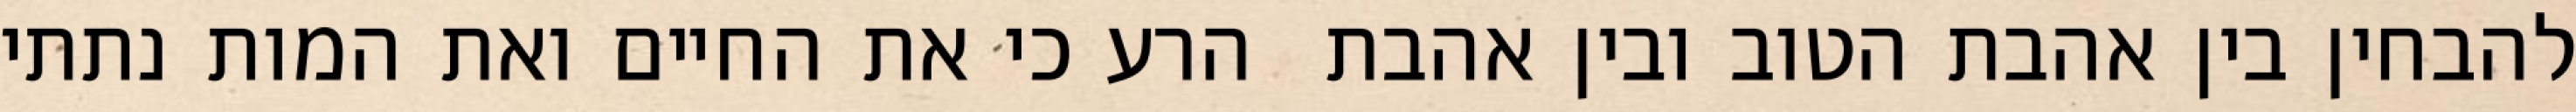
להבחין בין אהבת הטוב ובין אהבת  הרע כי את החיים ואת המות נתתי